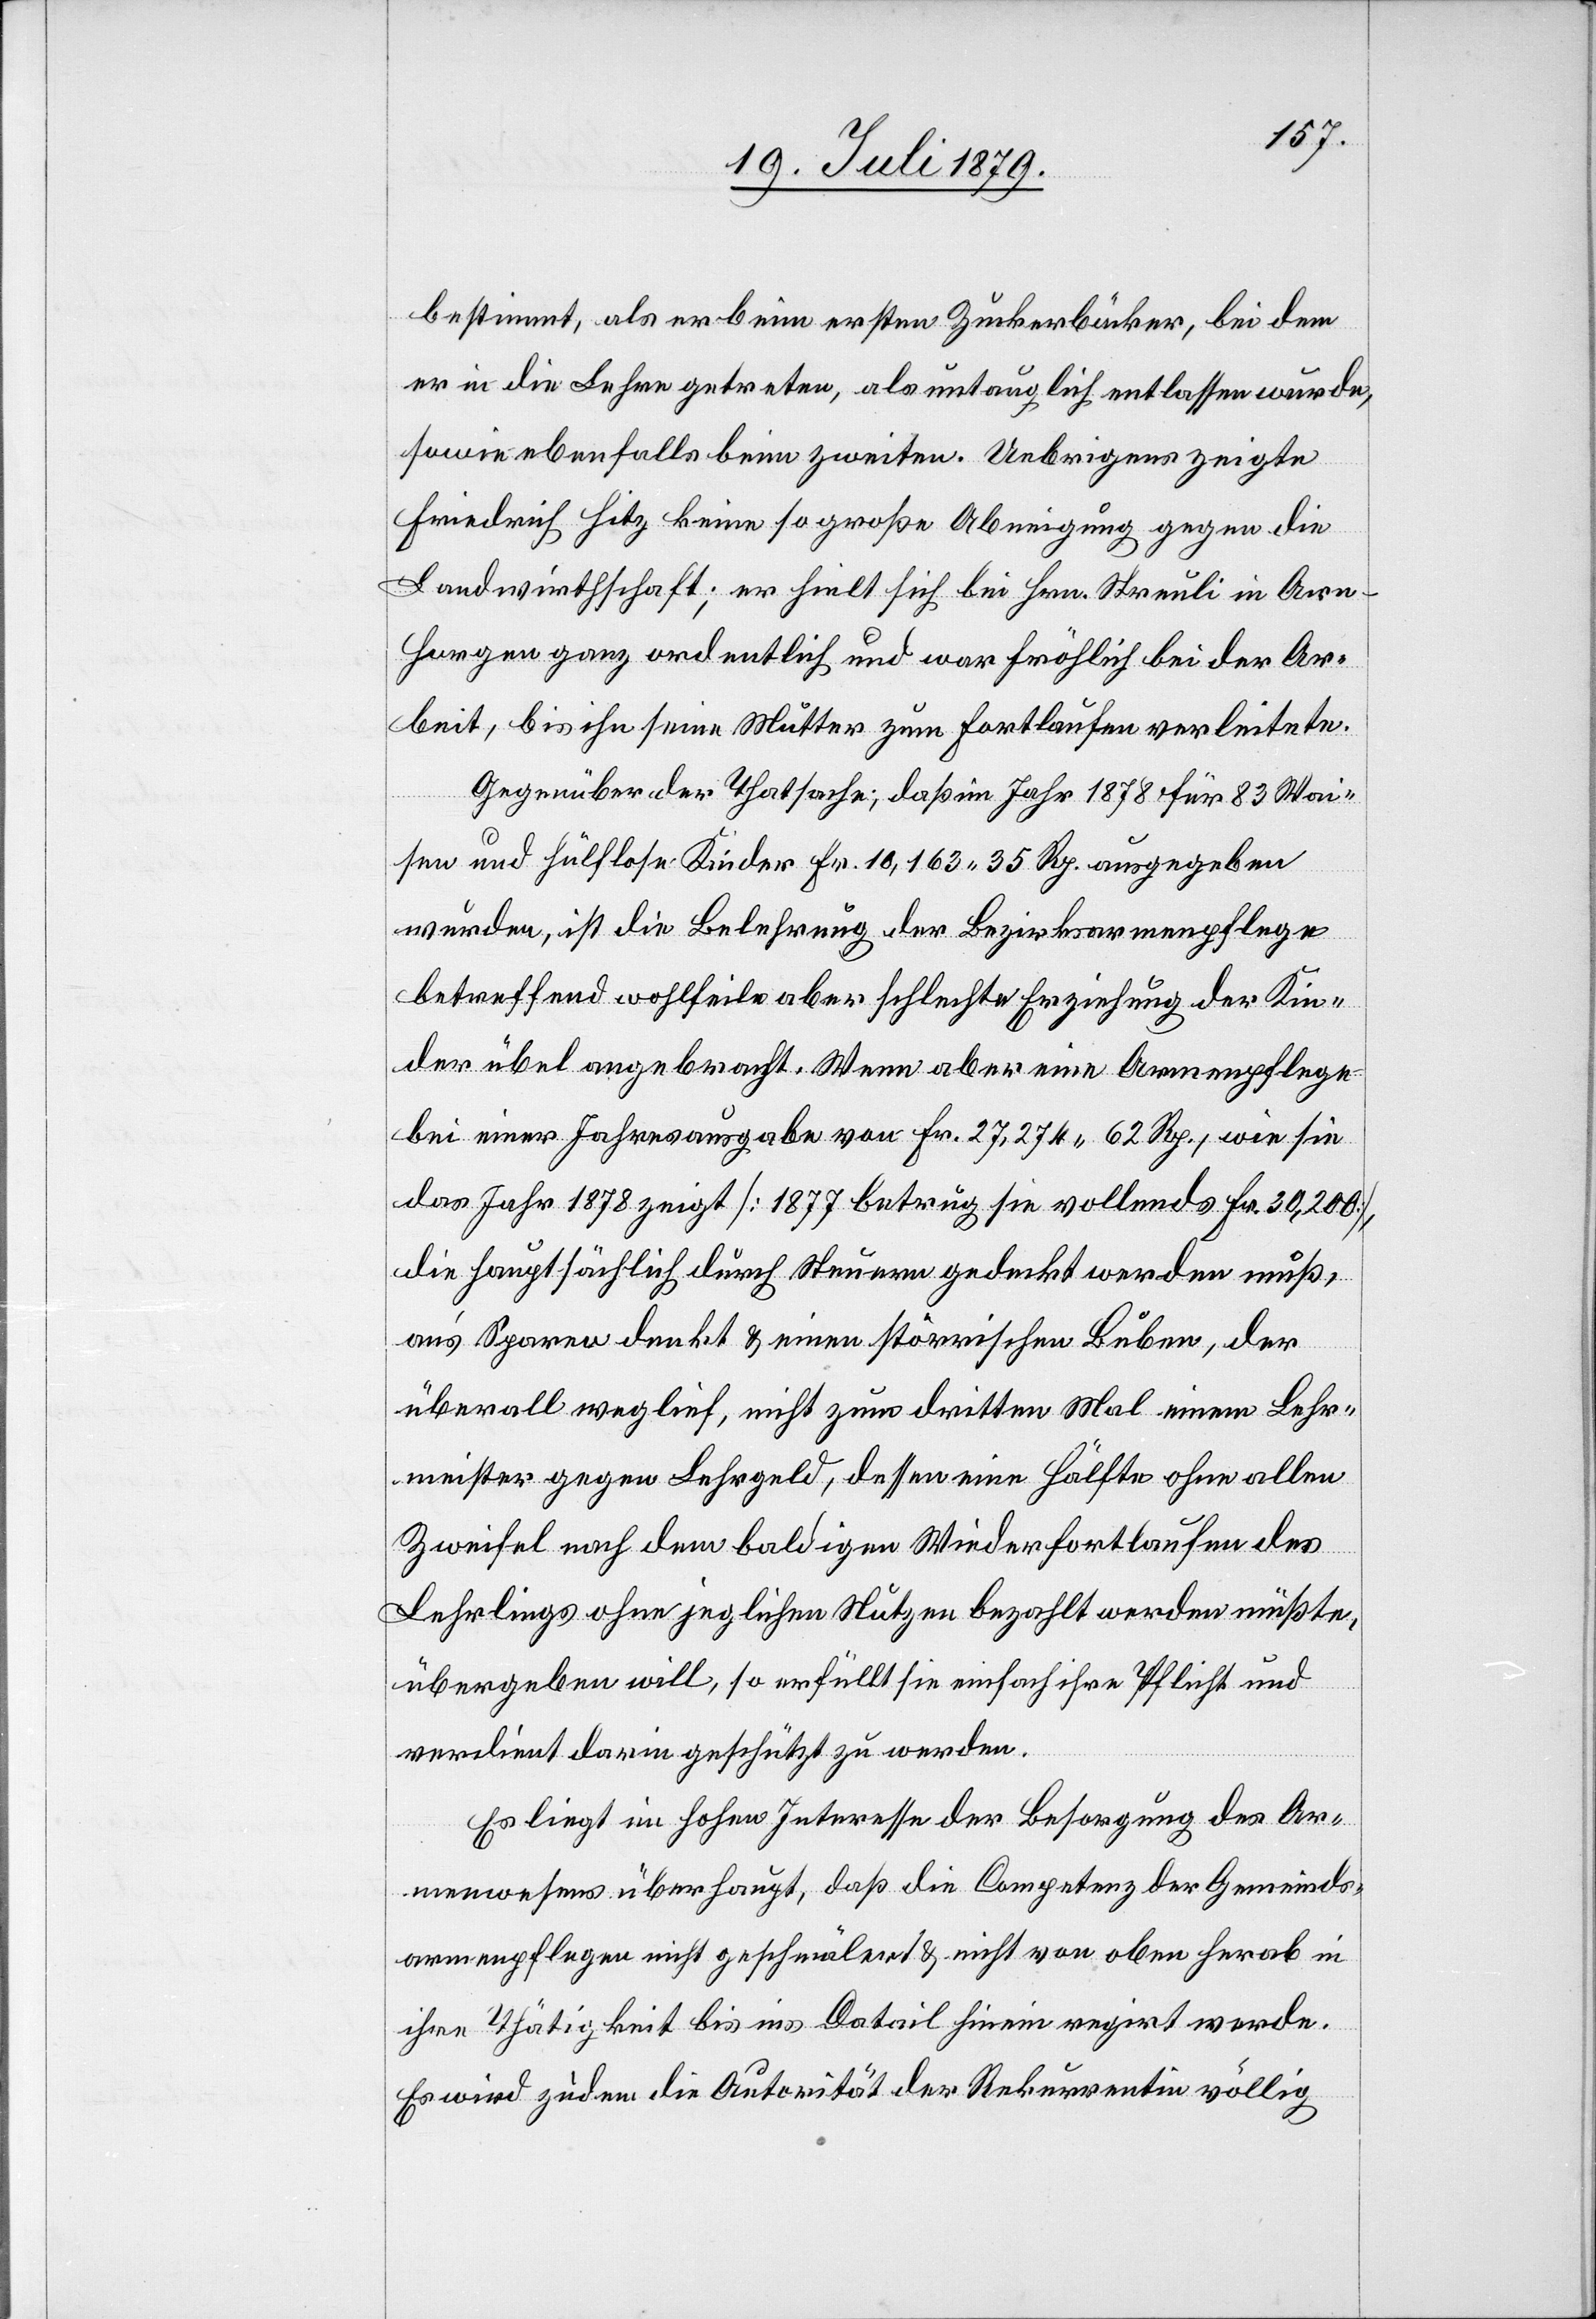
bestimmt, als er beim ersten Zuckerbäcker, bei dem
er in die Lehre getreten, als untauglich entlassen wurde,
sowie ebenfalls beim zweiten. Uebrigens zeigte
Friedrich Hitz keine so große Abneigung gegen die
Landwirthschaft; er hielt sich bei Hrn. Streuli in Arn
Horgen ganz ordentlich und war fröhlich bei der Ar¬
beit, bis ihn seine Mutter zum Fortlaufen verleitete.
Gegenüber der Thatsache, daß im Jahr 1878 für 83 Wai¬
sen und hülflose Kinder Fr. 10,163 35 Rp. ausgegeben
wurden, ist die Belehrung der Bezirksarmenpflege
betreffend wohlfeile aber schlechte Erziehung der Kin¬
der übel angebracht. Wenn aber eine Armenpflege
bei einer Jahresausgabe von Fr. 27,274 62 Rp., wie sie
das Jahr 1878 zeigt [1877 betrug sie vollends Fr. 30,200],
die hauptsächlich durch Steuern gedeckt werden muß,
ans Sparen denkt & einen störrischen Buben, der
überall weglief, nicht zum dritten Mal einem Lehr¬
meister gegen Lehrgeld, dessen eine Hälfte ohne allen
Zweifel nach dem baldigen Wiederfortlaufen des
Lehrlings ohne jeglichen Nutzen bezahlt werden müßte,
übergeben will, so erfüllt sie einfach ihre Pflicht und
verdient darin geschützt zu werden.
Es liegt im hohen Interesse der Besorgung des Ar¬
menwesens überhaupt, daß die Competenz der Gemeinds¬
armenpflegen nicht geschmälert & nicht von oben herab in
ihre Thätigkeit bis ins Datail [sic!] hinein regirt werde.
Es wird zudem die Autorität der Rekurrentin völlig